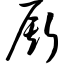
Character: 厮